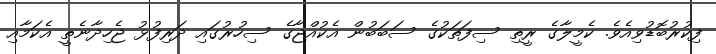
ފިކުރުބޮޑުވިއެވެ. ކެމީލާގެ ރީތި ސިފަތަކުގެ ސަބަބުން އެކުއްޖާގެ ސިހުރުގައި ދަރިފުޅު ޖެހިދާނެތީ އެކަމާއި